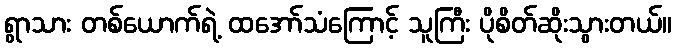
ရွာသား တစ်ယောက်ရဲ့ ထအော်သံကြောင့် သူကြီး ပိုစိတ်ဆိုးသွားတယ်။